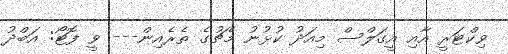
ވިކްޓަރީ އާއި އީގަލްސް މިއަދު ކުޅުނު މެޗުގެ ތެރެއިން--- ވީ ފޮޓޯ: އަބްދު